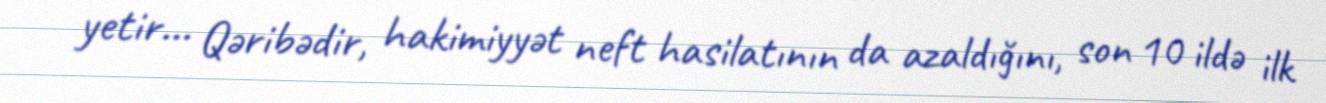
yetir... Qəribədir, hakimiyyət neft hasilatının da azaldığını, son 10 ildə ilk